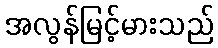
အလွန်မြင့်မားသည်